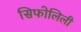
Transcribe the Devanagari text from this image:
सिफोलिली